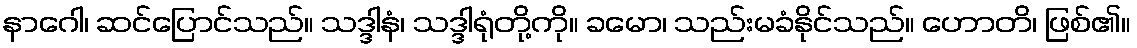
နာဂေါ၊ ဆင်ပြောင်သည်။ သဒ္ဒါနံ၊ သဒ္ဒါရုံတို့ကို။ ခမော၊ သည်းမခံနိုင်သည်။ ဟောတိ၊ ဖြစ်၏။